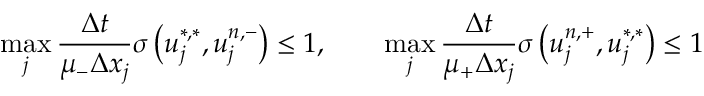
\operatorname* { m a x } _ { j } \frac { \Delta t } { \mu _ { - } \Delta x _ { j } } \sigma \left( u _ { j } ^ { \ast , \ast } , u _ { j } ^ { n , - } \right) \leq 1 , \qquad \operatorname* { m a x } _ { j } \frac { \Delta t } { \mu _ { + } \Delta x _ { j } } \sigma \left( u _ { j } ^ { n , + } , u _ { j } ^ { \ast , \ast } \right) \leq 1